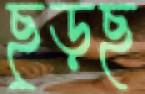
ছুড়ছ